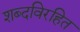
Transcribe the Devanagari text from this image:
शब्दविरहित